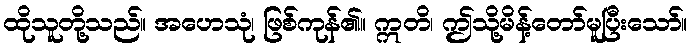
ထိုသူတို့သည်။ အဟေသုံ၊ ဖြစ်ကုန်၏။ ဣတိ၊ ဤသို့မိန့်တော်မူပြီးသော်။